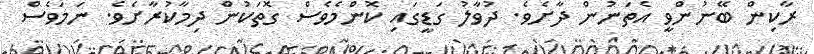
ރާކިން ބޭނުންވީ އެތަނުން ދާށެވެ. ދުވާލު ގަޑީގައި ކޮންމެވެސް ގޮތަކުން ދިމާކުރާށެވެ. ނަމަވެސް